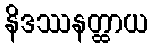
နိဒဿနတ္ထာယ